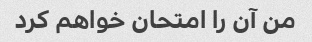
من آن را امتحان خواهم کرد